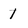
Character: 1